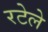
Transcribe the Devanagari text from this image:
रटेले